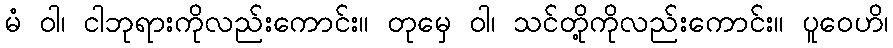
မံ ဝါ၊ ငါဘုရားကိုလည်းကောင်း။ တုမှေ ဝါ၊ သင်တို့ကိုလည်းကောင်း။ ပူဝေဟိ၊